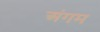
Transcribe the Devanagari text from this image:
अंगम